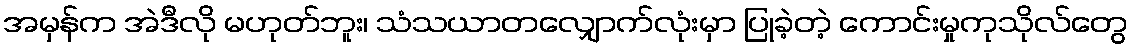
အမှန်က အဲဒီလို မဟုတ်ဘူး၊ သံသယာတလျှောက်လုံးမှာ ပြုခဲ့တဲ့ ကောင်းမှုကုသိုလ်တွေ